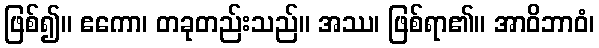
ဖြစ်၍။ ဧကော၊ တခုတည်းသည်။ အဿ၊ ဖြစ်ရာ၏။ အာဝိဘာဝံ၊